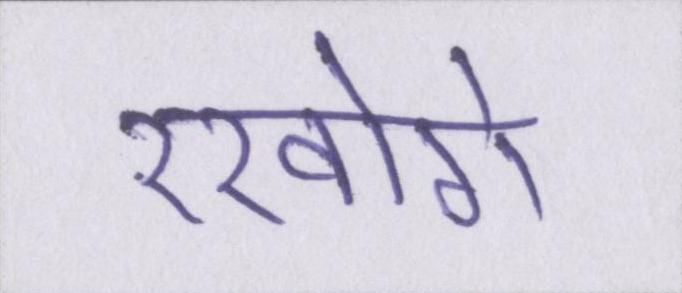
रखोगे